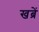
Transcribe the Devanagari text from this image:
खब्रें